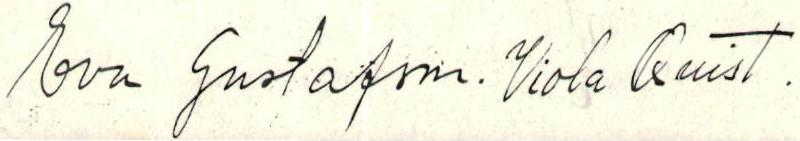
Eva Gustafson. Viola Qvist.